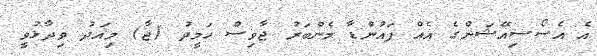
އެ އެސޯސިއޭޝަންގެ އެއް ފައުންޑާ މެންބަރު ޖާވިސް ހަމީދު (ޖާ) މިއަދު ވިދާޅުވީ